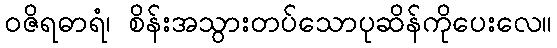
ဝဇိရဓာရံ၊ စိန်းအသွားတပ်သောပုဆိန်ကိုပေးလေ။